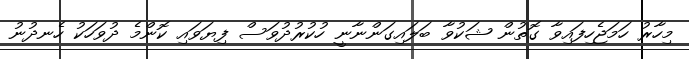
މިހާރު ހަމަޖެހިފައިވާ ގޮތުން ޝަކުވާ ބަލައިގަންނާނީ ހުކުރުދުވަސް ފިޔަވައި ކޮންމެ ދުވަހަކު ހެނދުނު